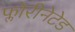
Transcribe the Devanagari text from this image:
फ्लोरीनेटेड